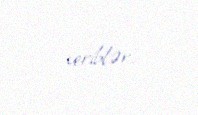
veriblər.